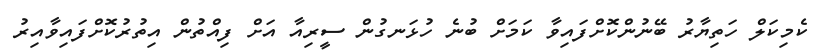
ކެމިކަލް ހަތިޔާރު ބޭނުންކޮށްފައިވާ ކަމަށް ބުނެ ހުޅަނގުން ސީރިއާ އަށް ފިއްތުން އިތުރުކޮށްފައިވާއިރު